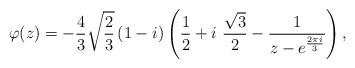
LaTeX: \begin{align*}\varphi(z) = -\frac{4}{3} \sqrt{\frac{2}{3}} \left( 1 - i \right) \left( \frac{1}{2} + i\ \frac{\sqrt{3}}{2} - \frac{1}{z-e^{\frac{2\pi i}{3}}} \right),\end{align*}